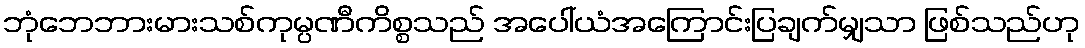
ဘုံဘေဘားမားသစ်ကုမ္ပဏီကိစ္စသည် အပေါ်ယံအကြောင်းပြချက်မျှသာ ဖြစ်သည်ဟု